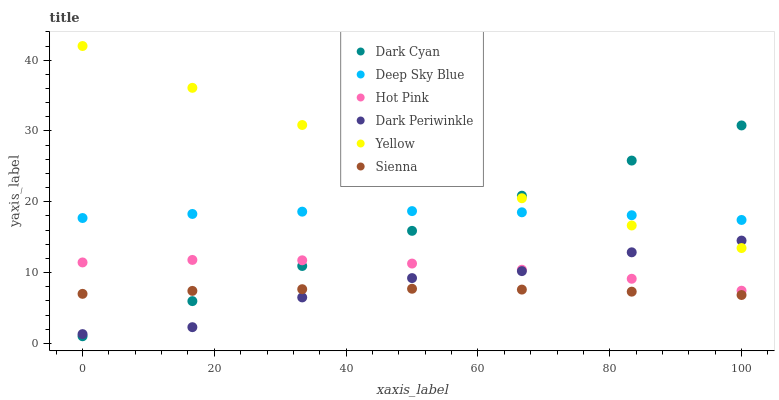
| xaxis_label | Dark Cyan | Deep Sky Blue | Hot Pink | Dark Periwinkle | Yellow | Sienna |
 | --- | --- | --- | --- | --- | --- | --- |
 | 0 | 1 | 17.7 | 11.4 | 1.3 | 42 | 6.99 |
 | 16.7 | 5.96 | 18.3 | 11.8 | 2.28 | 36.1 | 7.41 |
 | 33.3 | 10.9 | 18.6 | 11.7 | 6.49 | 30.8 | 7.65 |
 | 50 | 15.9 | 18.7 | 11.3 | 9.22 | 27.9 | 7.71 |
 | 66.7 | 20.9 | 18.5 | 10.4 | 10.2 | 20.5 | 7.59 |
 | 83.3 | 25.8 | 18.1 | 9.12 | 12.9 | 16.6 | 7.3 |
 | 100 | 30.8 | 17.4 | 7.44 | 14.5 | 13.5 | 6.83 |